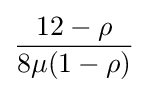
{\frac {12-\rho }{8\mu (1-\rho )}}